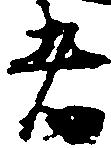
者